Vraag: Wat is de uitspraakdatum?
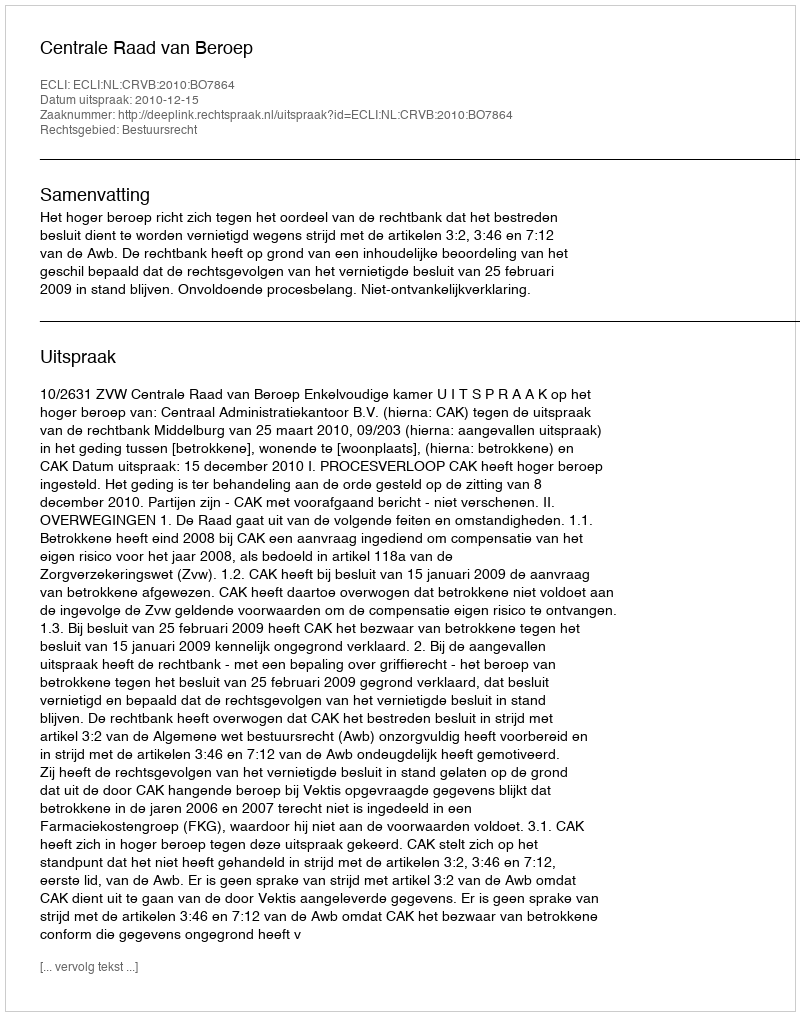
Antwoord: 2010-12-15